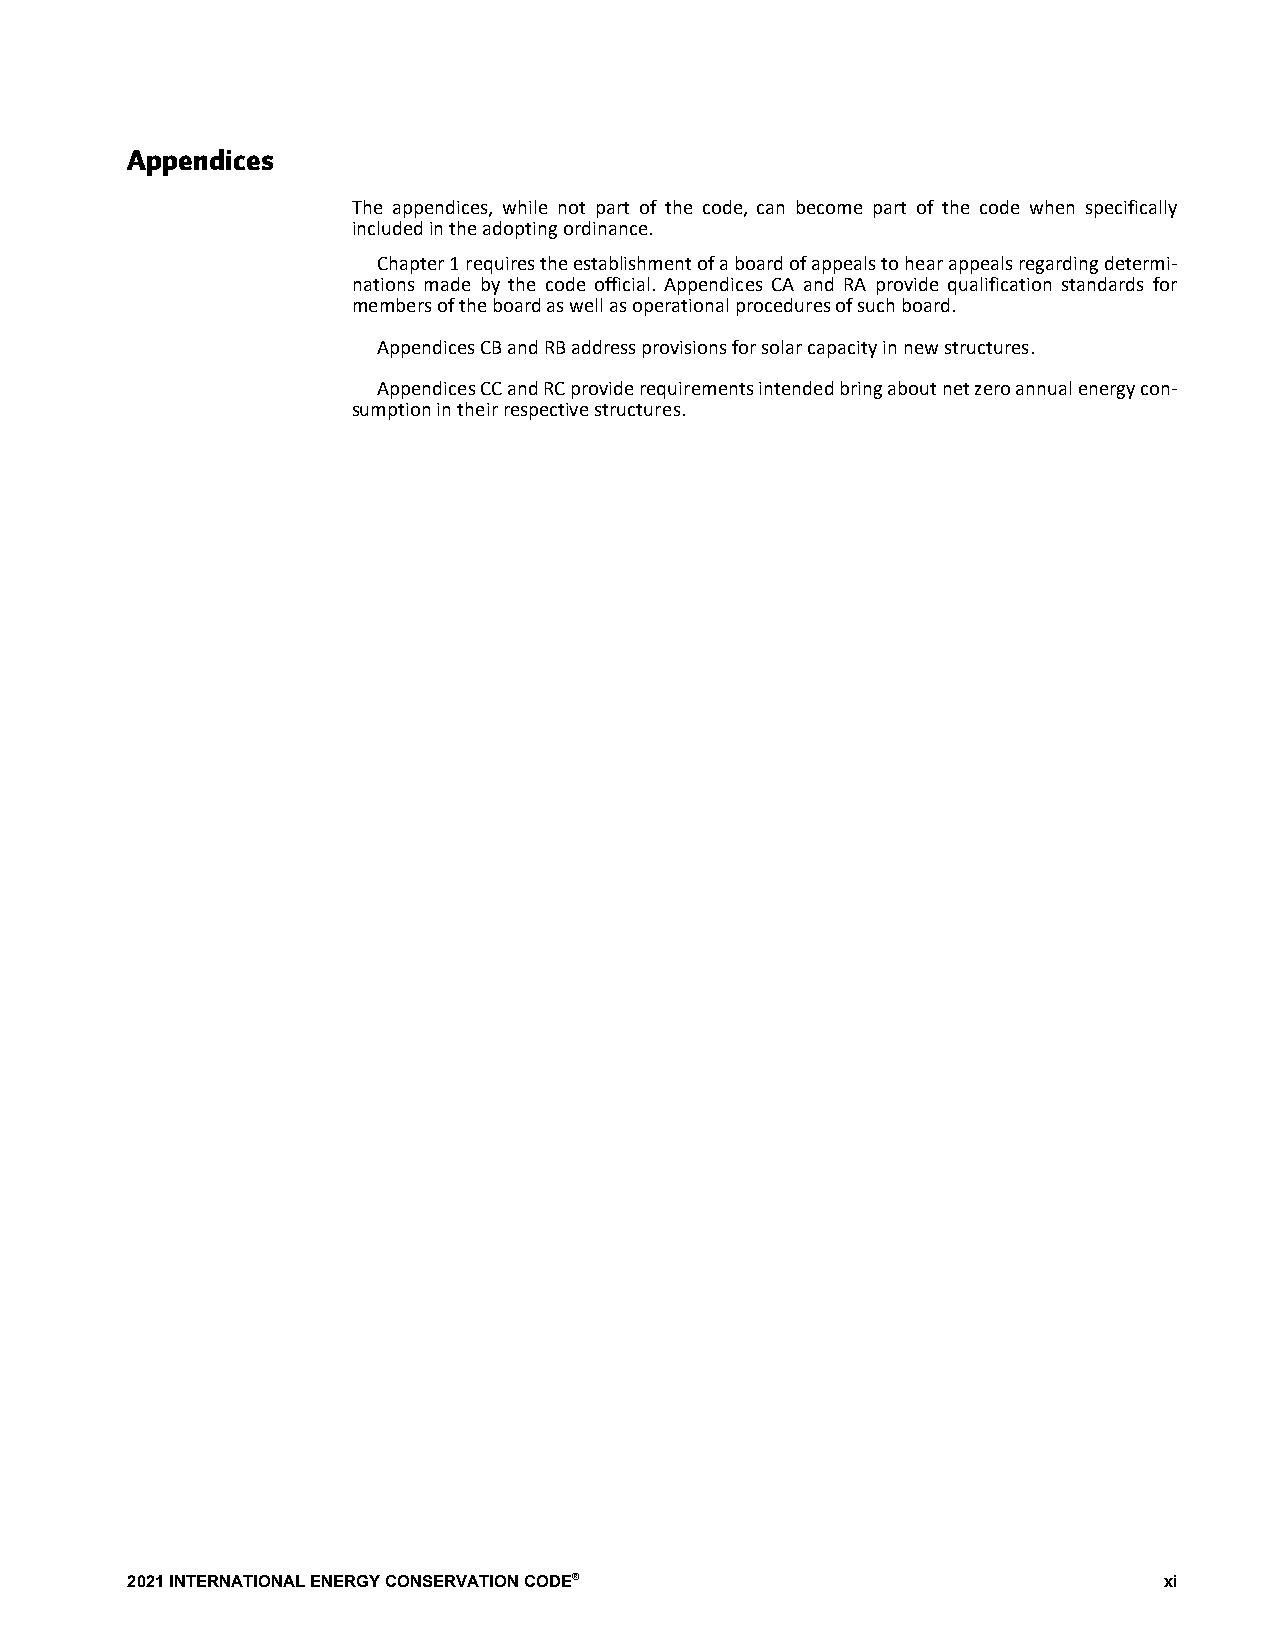
Appendices
 The appendices, while not part of the code, can become part of the code when specifically
 included in the adopting ordinance.
 C hapter 1 requires the establishment of a board of appeals to hear appeals regarding determi-
 nations made by the code official. Appendices CA and RA provide qualification standards for
 members of the board as well as operational procedures of such board.
 Appendices CB and RB address provisions for solar capacity in new structures.
 Appendices CC and RC provide requirements intended bring about net zero annual energy con-
 sumption in their respective structures.
 2021 INTERNATIONAL ENERGY CONSERVATION CODE®                         xi